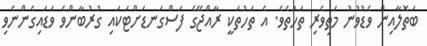
ބަތޮލާއިން ވެޑުވުނު މަތިވެރި ތަހުތެވެ. އެ ތަހުތަކީ ރާއްޖޭގެ ފަސްގަނޑަށްޓަކައި ގުރުބާންވެ ވަޑައިގެންނެވި